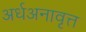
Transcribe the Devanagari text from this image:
अर्धअनावृत्त